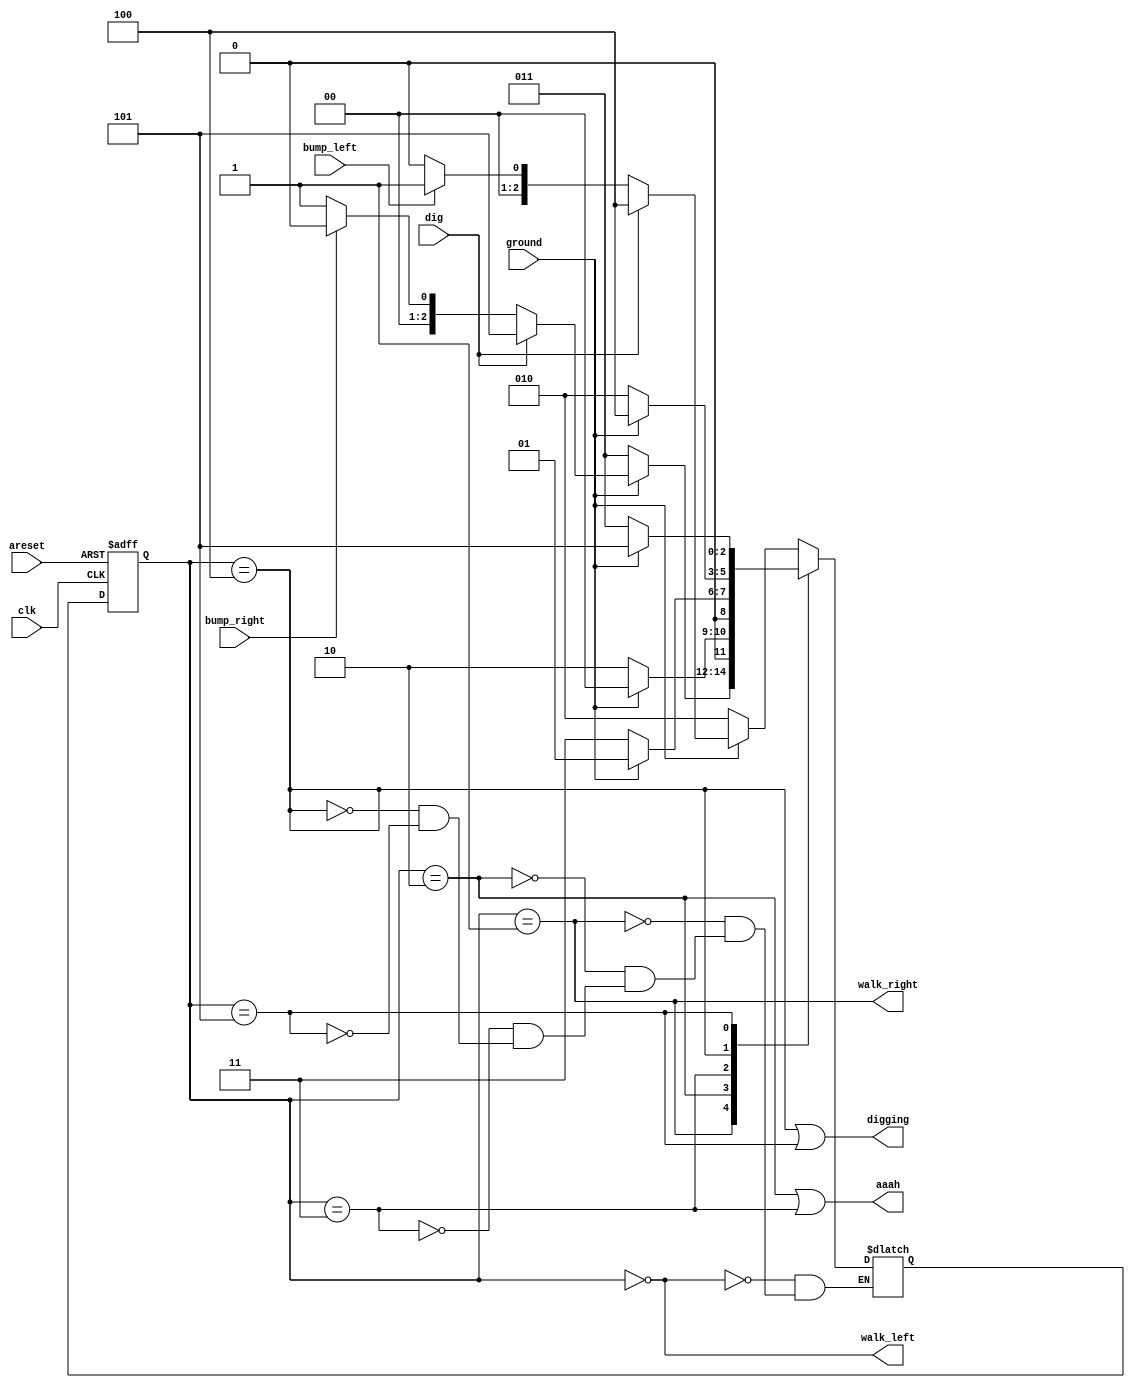
module top_module(
    input clk,
    input areset,    // Freshly brainwashed Lemmings walk left.
    input bump_left,
    input bump_right,
    input ground,
    input dig,
    output walk_left,
    output walk_right,
    output aaah,
    output digging ); 
	
    // delcaration
    parameter wl=3'b000,wr=3'b001,fl=3'b010,fr=3'b011,dl=3'b100,dr=3'b101;
    reg [2:0] state, next;
    
    // state transition logic
    always @(*) begin
        case(state)
            wl:begin
                if(~ground)			next = fl;
                else if(dig)		next = dl;
                else if(bump_left)  next = wr;
                else				next = wl;
            end
            wr:begin
                if(~ground)			next = fr;
                else if(dig)		next = dr;
                else if(bump_right)  next = wl;
                else				next = wr;
            end
            fl:begin
                if(ground)			next = wl;
                else 				next = fl;
            end
            fr:begin
                if(ground)			next = wr;
                else 				next = fr;
            end
            dl:begin
                if(~ground)			next = fl;
                else				next = dl;
            end
            dr:begin
                if(~ground)			next = fr;
                else				next = dr;
            end
        endcase
    end
    
    // state flip-flop DFF
    always @(posedge clk, posedge areset) begin
        if (areset)
            state <= wl;
        else
            state <= next;
    end
    
    
    // output logical
    assign walk_left 	= (state == wl);
    assign walk_right 	= (state == wr);
    assign aaah 		= (state == fl)||(state == fr);
    assign digging 		= (state == dl)||(state == dr);
    
endmodule